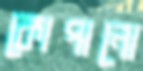
কোপানো